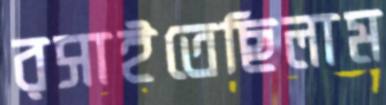
রসাইতেছিলাম